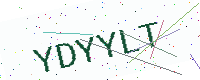
Text: YDYYLT